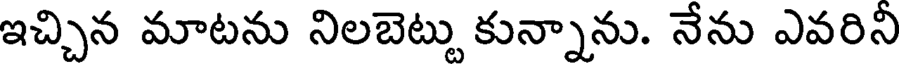
ఇచ్చిన మాటను నిలబెట్టు కున్నాను. నేను ఎవరిని